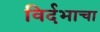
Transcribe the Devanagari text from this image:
विर्दभाचा